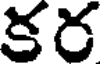
కర